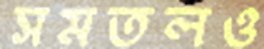
সমতলও